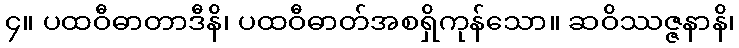
၄။ ပထဝီဓာတာဒီနိ၊ ပထဝီဓာတ်အစရှိကုန်သော။ ဆဝိဿဇ္ဇနာနိ၊